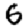
Digit: 6